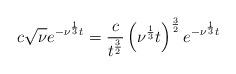
LaTeX: \begin{align*}c\sqrt{\nu}e^{-\nu^{\frac{1}{3}} t} = \frac{c}{t^{\frac{3}{2}}}\left(\nu^{\frac{1}{3}} t\right)^{\frac{3}{2}}e^{-\nu^{\frac{1}{3}} t}\end{align*}